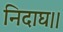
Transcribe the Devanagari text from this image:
निदाघ।।